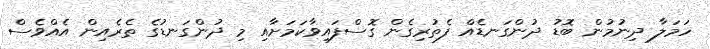
ހަމަލާ ދިނުމުން ބޮޑު ދުންގަނޑެއް ފެތުރިގެން ގޮސްފައިވާކަމަށާއި މި ދުންގަނޑުގެ ތެރެއިން އެއްވެސް